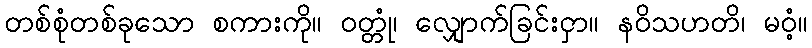
တစ်စုံတစ်ခုသော စကားကို။ ဝတ္တုံ၊ လျှောက်ခြင်းငှာ။ နဝိသဟတိ၊ မဝံ့။